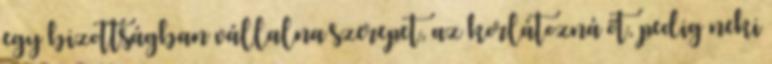
egy bizottságban vállalna szerepet, az korlátozná őt, pedig neki